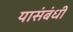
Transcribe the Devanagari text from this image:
यासंबंधीं